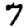
Digit: 7